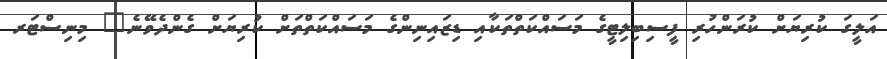
އަލީގަ ކުރިޔަށް ކުރަންހުރި ފީސިބިލިޓީގެ މަސައްކަތްތަކާއި ޑިޒައިނިންގެ މަސައްކަތްތަށް ކުރިޔަށް ގެންދެވޭނެ" މިނިސްޓަރ